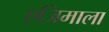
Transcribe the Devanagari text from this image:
एजिमाला